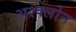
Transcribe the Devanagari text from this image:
अश्क्लोन